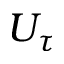
U _ { \tau }